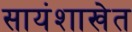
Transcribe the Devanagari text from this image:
सायंशाखेत